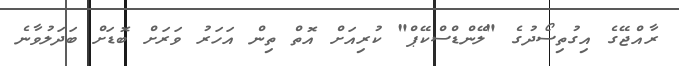
ރާއްޖޭގެ އިގުތިސޯދުގެ "ލޭންޑްސްކޭޕް" ކުރިއަށް އޮތް ތިން އަހަރު ވަރަށް ބޮޑަށް ބަދަލުވާނެ